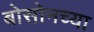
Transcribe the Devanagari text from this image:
बोसोनच्या